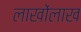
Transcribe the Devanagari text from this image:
लाखोंलाख